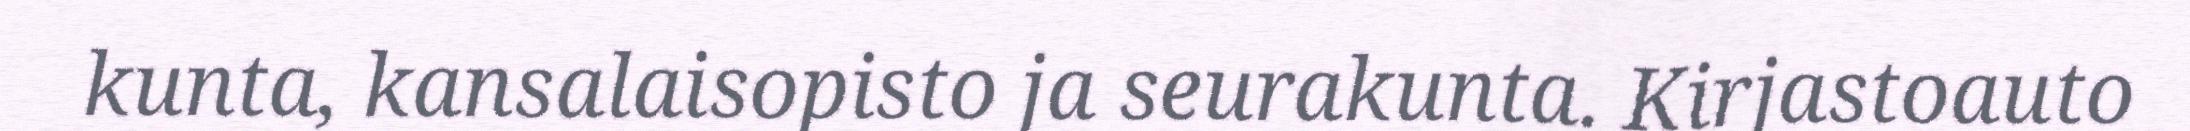
kunta, kansalaisopisto ja seurakunta. Kirjastoauto